NAE_ERA_R-1992_EV_Ehitusministeerium, lk 17
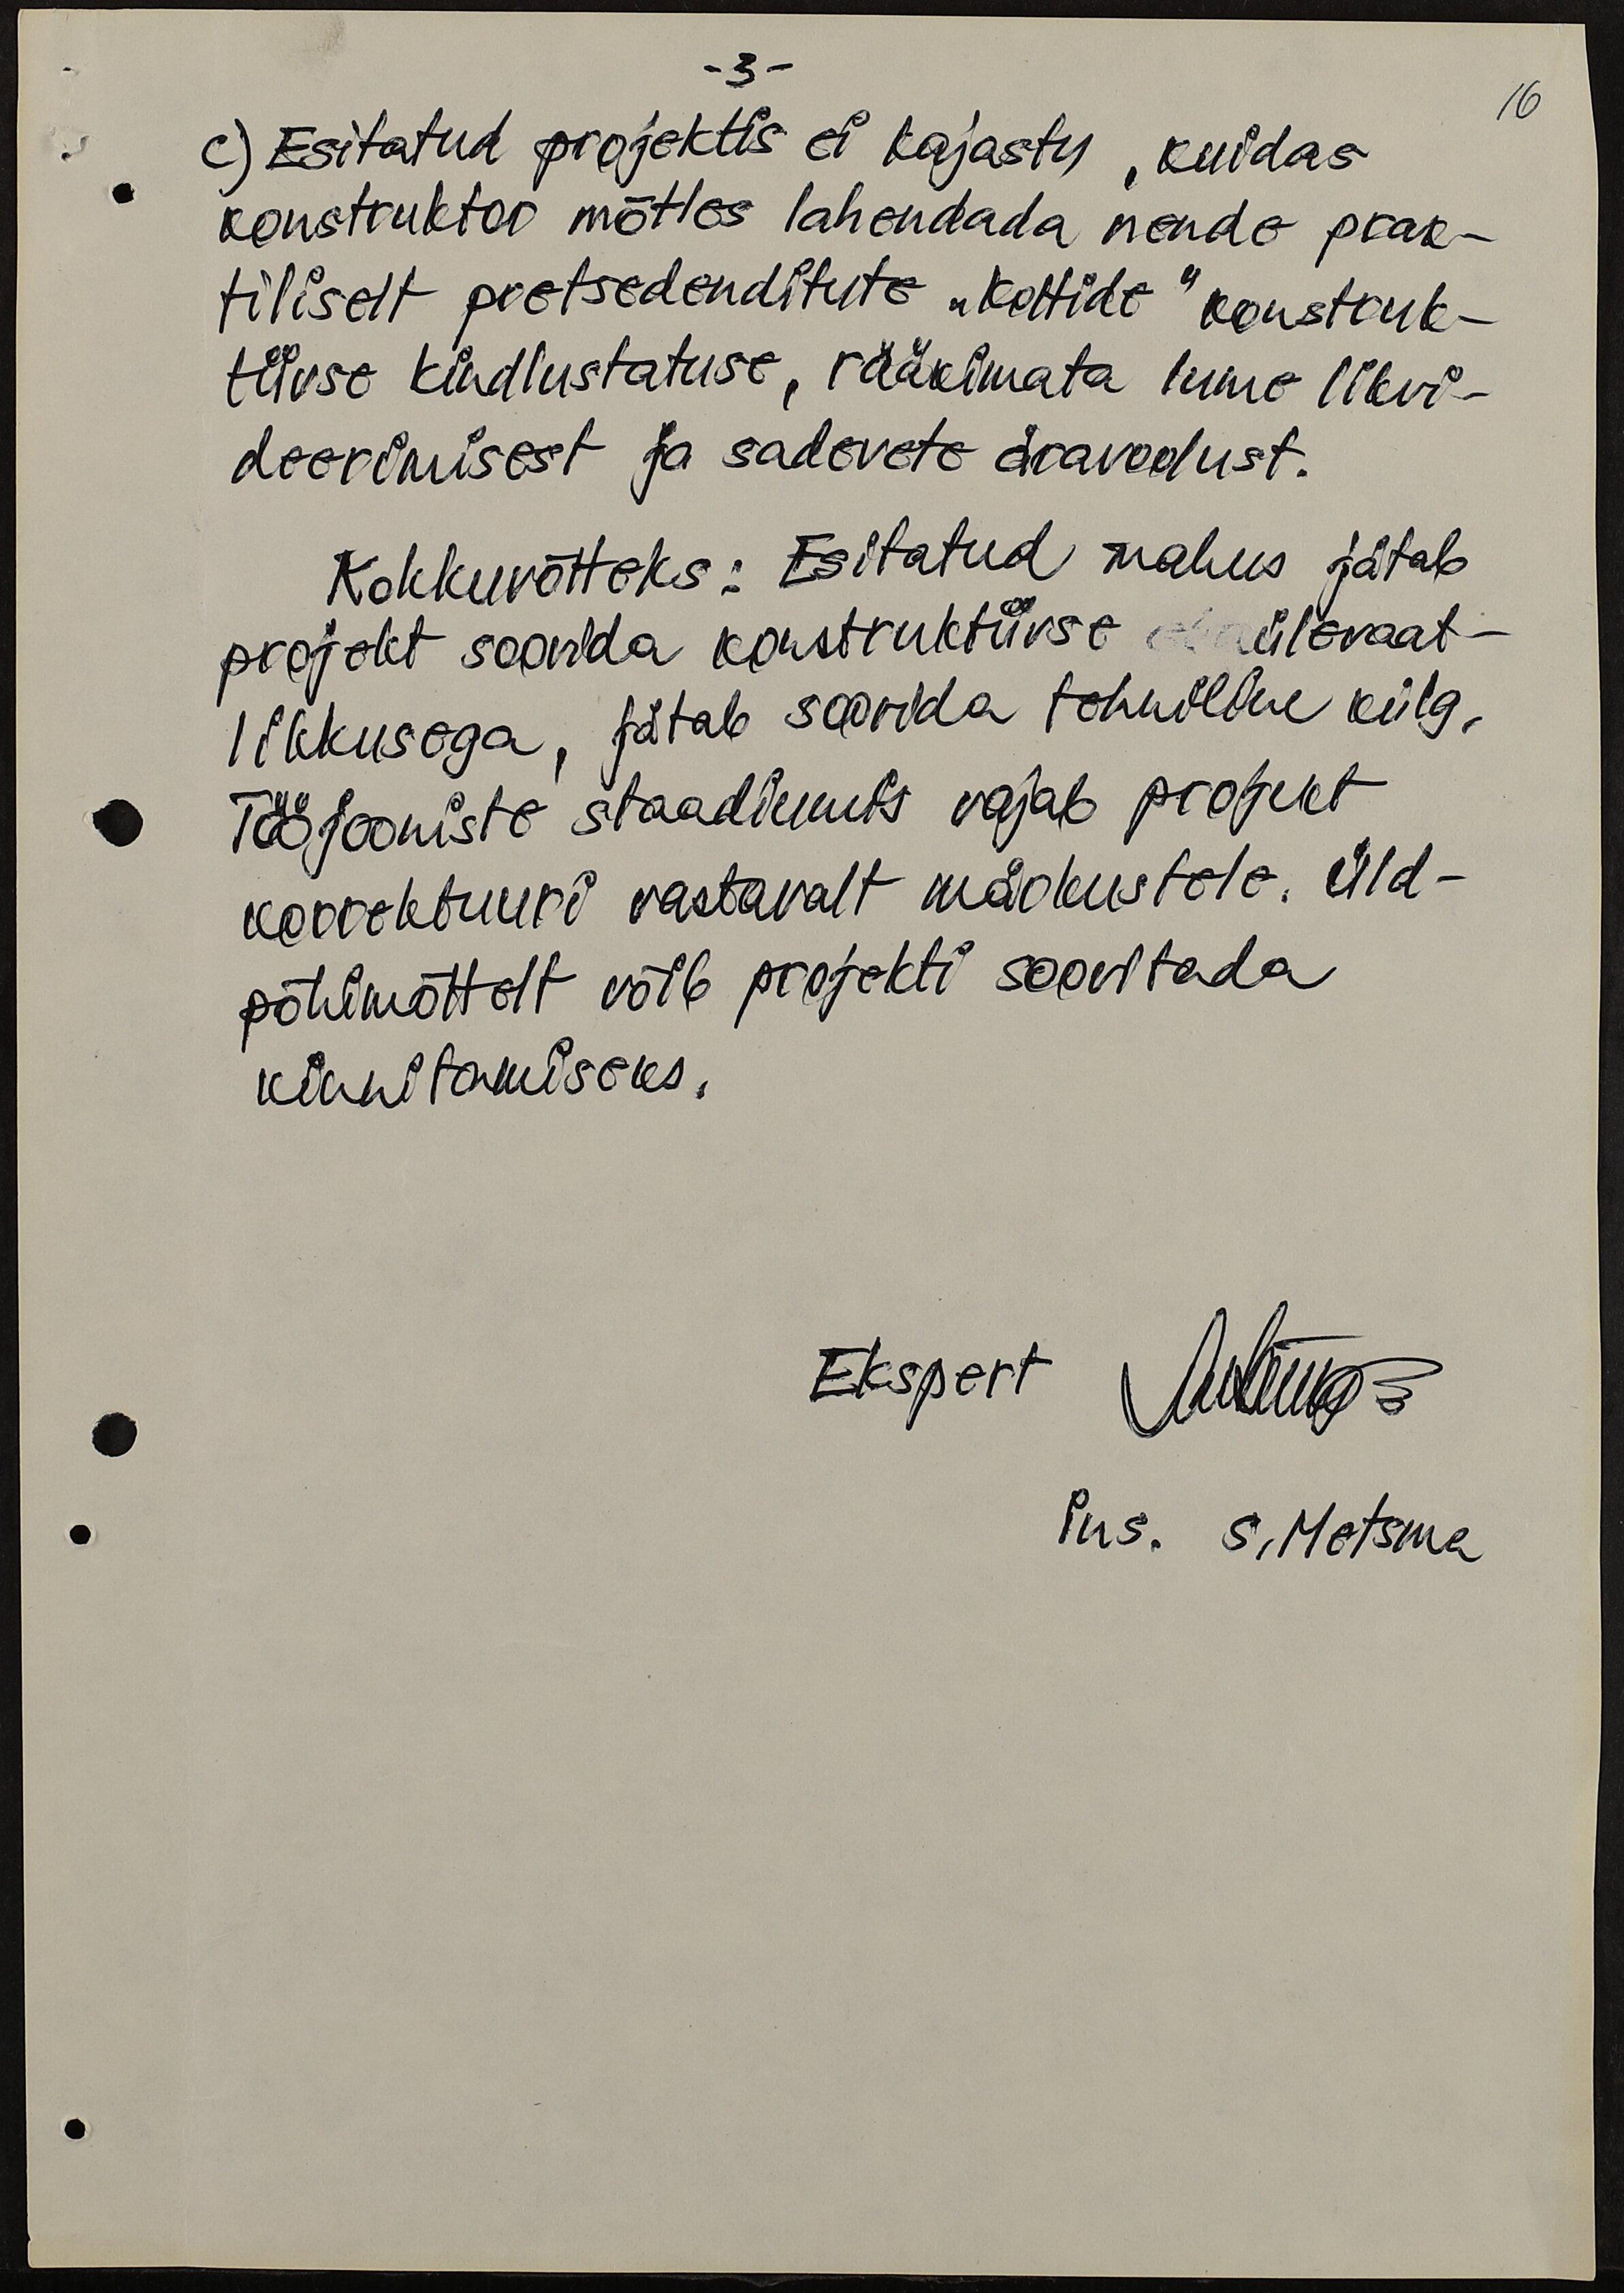
-3-
16
c) Esitatud projektis ei kajastu, kuidas
konstruktor mõtles lahendada nende prak-
tiliselt pretsedenditute "kottide" konstruk-
tiivse kindlustatuse, rääkimata lume likvi-
deerimisest ja sadevete äravoolust.
Kokkuvõtteks: Esitatud mahus jätab
projekt soovida konstruktiivse ebaülevaat-
likkusega, jätab soovida tehniline külg.
Tööjooniste staadiumis vajab projekt
korrektuuri vastavalt märkustele. Üld-
põhimõttelt võib projekti soovitada
kinnitamiseks.
Ekspert Museum.
Ins. S.Metsma